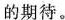
的期待。